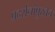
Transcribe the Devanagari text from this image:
प्रदर्शनांपुरतेच